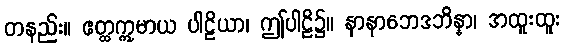
တနည်း။ ဧတ္ထဣမာယ ပါဠိယာ၊ ဤပါဠိ၌။ နာနာဘေဒဘိန္နာ၊ အထူးထူး